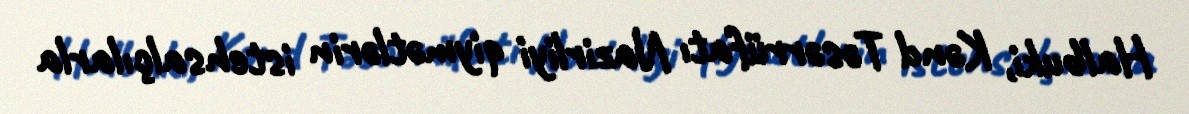
Halbuki, Kənd Təsərrüfatı Nazirliyi qiymətlərin istehsalçılarla